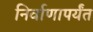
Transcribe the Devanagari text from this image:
निर्वाणापर्यंत